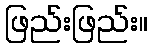
ဖြည်းဖြည်း။